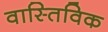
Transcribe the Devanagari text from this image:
वास्तिविक